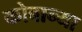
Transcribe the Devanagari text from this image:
कोबान्या